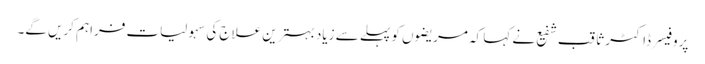
پروفیسر ڈاکٹر ثاقب شفیع نے کہا کہ مریضوں کو پہلے سے زیاد بہترین علاج کی سہولیات فراہم کریں گے۔